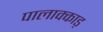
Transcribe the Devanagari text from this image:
पालाक्काड़